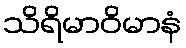
သိရိမာဝိမာနံ